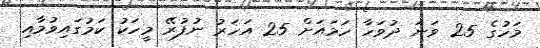
މަހުގެ 25 ވަނަ ދުވަހާ ހަމައަށް 25 އަހަރު ނުފުރޭ މީހަކު ކަމުގައިވުމާއި